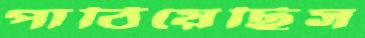
পাঠিয়েছিস